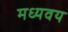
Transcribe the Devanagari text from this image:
मध्यवय